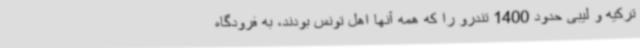
ترکیه و لیبی حدود 1400 تندرو را که همه آنها اهل تونس بودند، به فرودگاه